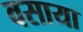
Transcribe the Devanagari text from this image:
वसाया